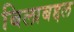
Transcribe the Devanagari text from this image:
बिलाबद्दल